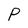
Character: P